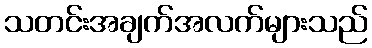
သတင်းအချက်အလက်များသည်